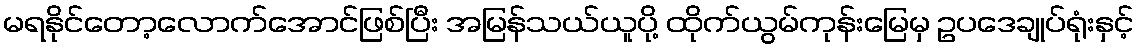
မရနိုင်တော့လောက်အောင်ဖြစ်ပြီး အမြန်သယ်ယူပို့ ထိုက်ယွမ်ကုန်းမြေမှ ဥပဒေချုပ်ရုံးနှင့်